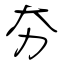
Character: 夯